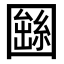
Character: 𡈫